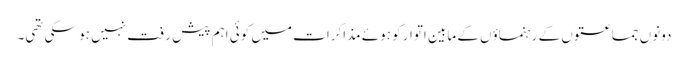
دونوں جماعتوں کے رہنماؤں کے مابین اتوار کو ہوئے مذاکرات میں کوئی اہم پیش رفت نہیں ہو سکی تھی۔